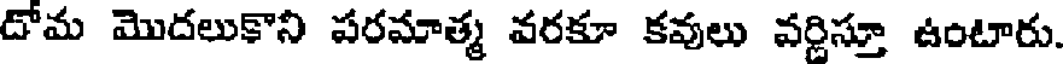
దోమ మొదలుకొని పరమాత్మ వరకూ కవులు వర్ణిస్తూ ఉంటారు.